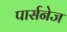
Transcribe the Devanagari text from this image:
पार्सनेज